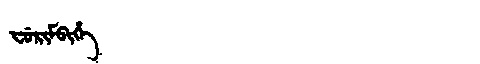
Manchu: ᠸᡠᡵᡳᠮᠪᡳᡥᡝ
Romanization: FURIMBIHE